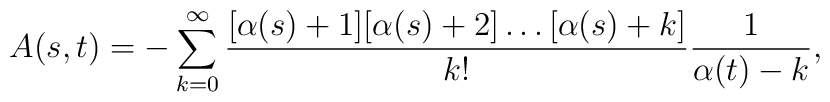
A(s,t) = - \sum _{k=0}^{\infty} \frac{[\alpha (s) + 1][\alpha (s) + 2]\ldots [\alpha (s) + k]}{k!}\frac{1}{\alpha (t) - k},